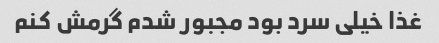
غذا خیلی سرد بود مجبور شدم گرمش کنم